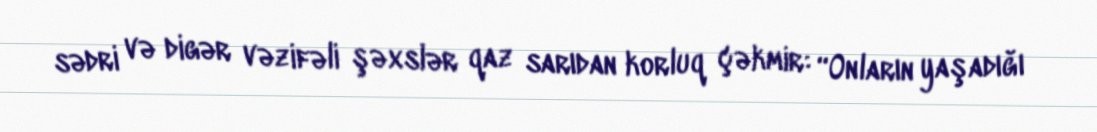
sədri və digər vəzifəli şəxslər qaz sarıdan korluq çəkmir: “Onların yaşadığı